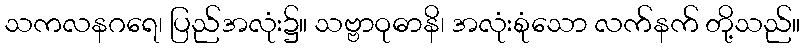
သကလနဂရေ၊ ပြည်အလုံး၌။ သဗ္ဗာဝုဓာနိ၊ အလုံးစုံသော လက်နက် တို့သည်။